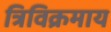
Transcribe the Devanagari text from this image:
त्रिविक्रमाय